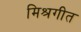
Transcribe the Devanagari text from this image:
मिश्रगीत